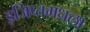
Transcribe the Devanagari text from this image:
इजिप्तमधला